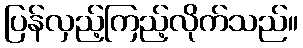
ပြန်လှည့်ကြည့်လိုက်သည်။